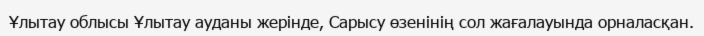
Ұлытау облысы Ұлытау ауданы жерінде, Сарысу өзенінің сол жағалауында орналасқан.